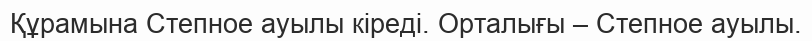
Құрамына Степное ауылы кіреді. Орталығы – Степное ауылы.